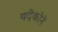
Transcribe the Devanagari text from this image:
यदेकोने